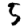
Digit: 5